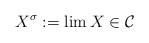
LaTeX: \begin{align*}X^\sigma := \lim X \in \mathcal C\end{align*}